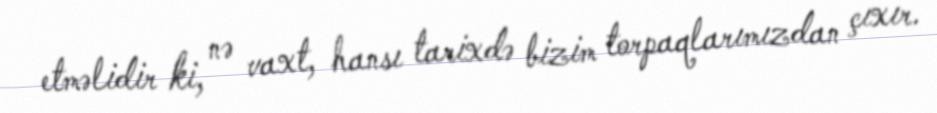
etməlidir ki, nə vaxt, hansı tarixdə bizim torpaqlarımızdan çıxır.